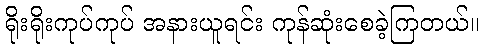
ရိုးရိုးကုပ်ကုပ် အနားယူရင်း ကုန်ဆုံးစေခဲ့ကြတယ်။